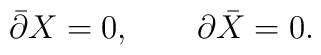
\bar\partial X=0,\;\;\;\;\;\;\;\partial\bar X=0.